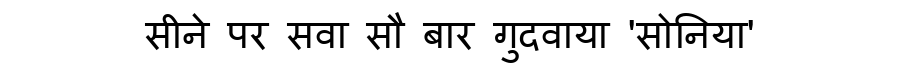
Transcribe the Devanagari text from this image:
सीने पर सवा सौ बार गुदवाया 'सोनिया'